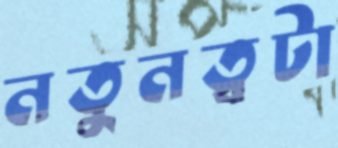
নতুনত্বটা